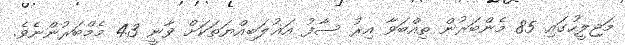
މަޖިލީހުގައި 85 މެންބަރުން ތިއްބަވާ އިރު ސާފު އަޣުލަބިއްޔަތަކަށް ވާނީ 43 މެމްބަރުންނެވެ.